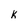
Character: k